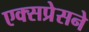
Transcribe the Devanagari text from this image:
एक्सप्रेसने